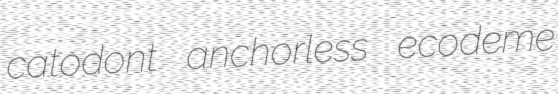
catodont anchorless ecodeme